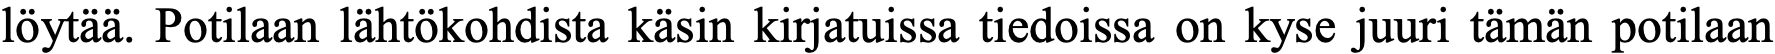
löytää. Potilaan lähtökohdista käsin kirjatuissa tiedoissa on kyse juuri tämän potilaan